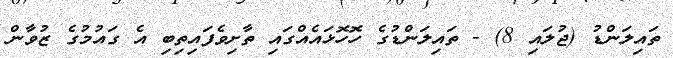
ތައިލަންޑު (ޖުލައި 8) - ތައިލަންޑުގެ ހޮހޮޅައެއްގައި ތާށިވެފައިތިބި އެ ގައުމުގެ ޒުވާން